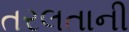
તરલતાની